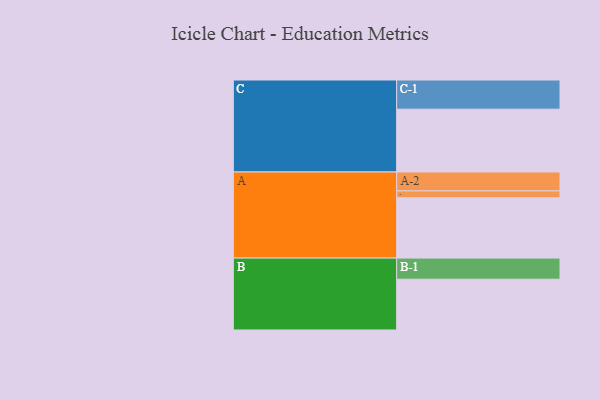
{"axis": {"x": "Segment", "y": "Value"}, "legend": ["", "A", "B", "C"], "data": [{"x": "A", "y": 532, "type": ""}, {"x": "B", "y": 448, "type": ""}, {"x": "C", "y": 554, "type": ""}, {"x": "A-1", "y": 60, "type": "A"}, {"x": "A-2", "y": 167, "type": "A"}, {"x": "B-1", "y": 186, "type": "B"}, {"x": "C-1", "y": 257, "type": "C"}]}